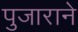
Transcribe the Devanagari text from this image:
पुजाराने